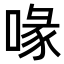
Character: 喙